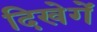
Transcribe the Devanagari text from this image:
दिखेगें